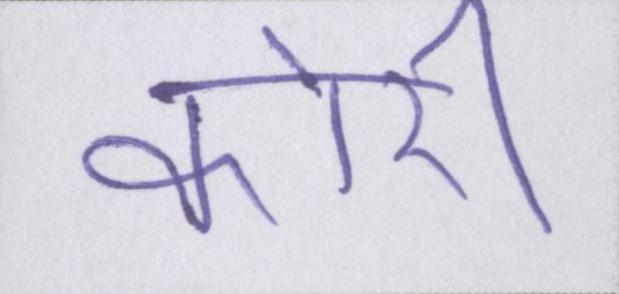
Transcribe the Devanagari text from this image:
कोरी